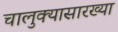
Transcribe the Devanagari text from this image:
चालुक्यासारख्या